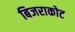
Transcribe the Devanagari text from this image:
बिजराकोट